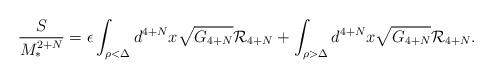
LaTeX: \begin{align*}{S\over M_*^{2+N}}= \epsilon \int_{ \rho< \Delta } d^{4+N} x \sqrt{G_{4+N}} {\cal R}_{4+N}+ \int_{ \rho> \Delta} d^{4+N} x \sqrt{G_{4+N}} {\cal R}_{4+N}.\end{align*}